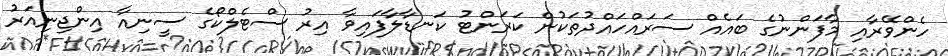
ހެންވޭރާއި މާފަންނުގެ ބައެއް ސަރައްހައްދުތަކުން ކަރަންޓު ކަނޑާލާފައިވާ އިރު ސްޓެލްކޯގެ ސީނިއާ އިންޖިނިއަރު